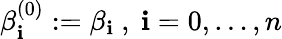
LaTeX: \beta_{\mathbf{i}}^{(0)}:=\beta_{\mathbf{i}}{\mathrm{{~,~}}}\mathbf{i}=0,\ldots,n